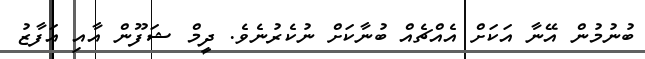
ބުނުމުން އޭނާ އަކަށް އެއްޗެއް ބުނާކަށް ނުކެރުނެވެ. ދީމް ޝަފޫން އާއި އަފާޒު